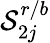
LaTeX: \mathcal{S}_{2j}^{r/b}